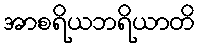
အာစရိယဘရိယာတိ